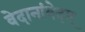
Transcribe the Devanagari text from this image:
वेदानांवेदम्